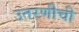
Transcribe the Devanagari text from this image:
उतरणीची